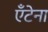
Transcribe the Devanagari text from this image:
ऍंटेना